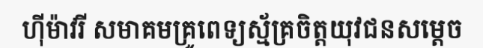
ហ៊ីម៉ាវរី សមាគមគ្រូពេទ្យស្ម័គ្រចិត្តយុវជនសម្តេច